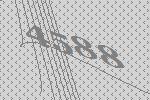
4588